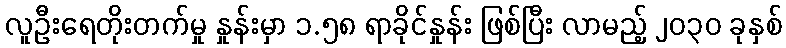
လူဦးရေတိုးတက်မှု နှုန်းမှာ ၁.၅၈ ရာခိုင်နှုန်း ဖြစ်ပြီး လာမည့် ၂၀၃၀ ခုနှစ်